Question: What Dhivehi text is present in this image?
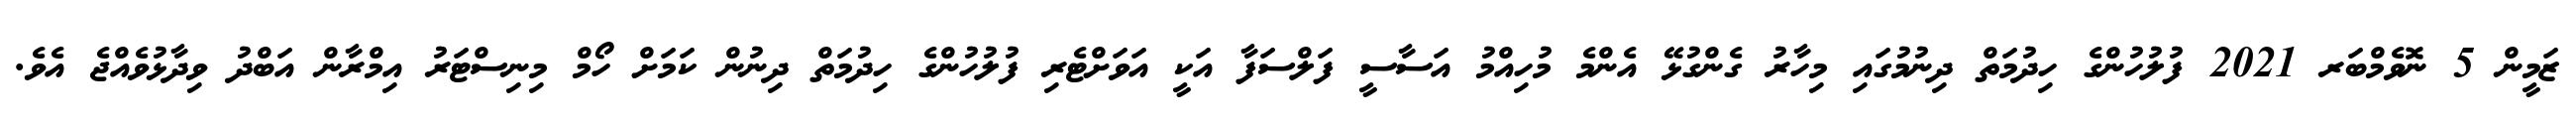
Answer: ޒަމީން 5 ނޮވެމްބަރ 2021 ފުލުހުންގެ ހިދުމަތް ދިނުމުގައި މިހާރު ގެންގުޅޭ އެންމެ މުހިއްމު އަސާސީ ފަލްސަފާ އަކީ އަވަށްޓެރި ފުލުހުންގެ ހިދުމަތް ދިނުން ކަމަށް ހޯމް މިނިސްޓަރު އިމްރާން އަބްދު ވިދާޅުވެއްޖެ އެވެ.